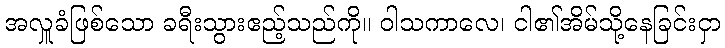
အလှူခံဖြစ်သော ခရီးသွားဧည့်သည်ကို။ ဝါသကာလေ၊ ငါ၏အိမ်သို့နေခြင်းငှာ